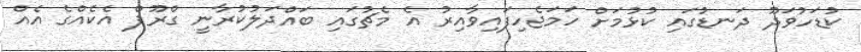
ކުޑަހުވަދޫ ދަނޑުގައި ކުޅުމަށް ހަމަޖެހިފައިވާއިރު އެ މެޗުގައި ބައްދަލުކުރާނީ ގްރޫޕް އެކެއްގެ އެއް